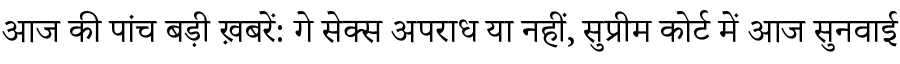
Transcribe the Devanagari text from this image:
आज की पांच बड़ी ख़बरें: गे सेक्स अपराध या नहीं, सुप्रीम कोर्ट में आज सुनवाई